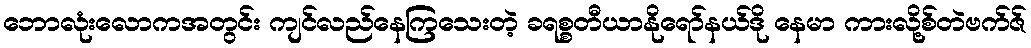
ဘောလုံးလောကအတွင်း ကျင်လည်နေကြသေးတဲ့ ခရစ္စတီယာနိုရော်နယ်ဒို နေမာ ကားလို့စ်တဲဗက်ဇ်